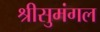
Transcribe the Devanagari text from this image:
श्रीसुमंगल